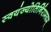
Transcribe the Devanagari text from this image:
स्वयंज्योतिर्निरामयम्